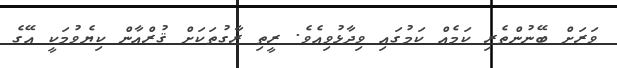
ވަރަށް ބޭނުންތެރި ކަމެއް ކަމުގައި ވިދާޅުވިއެވެ. ރީތި ރާގުތަކަށް ޤުރްއާން ކިޔެވުމަކީ އޭގެ